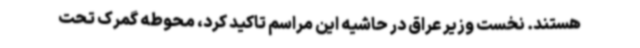
هستند. نخست وزیر عراق در حاشیه این مراسم تاکید کرد، محوطه گمرک تحت